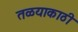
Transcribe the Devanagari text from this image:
तळयाकाठी